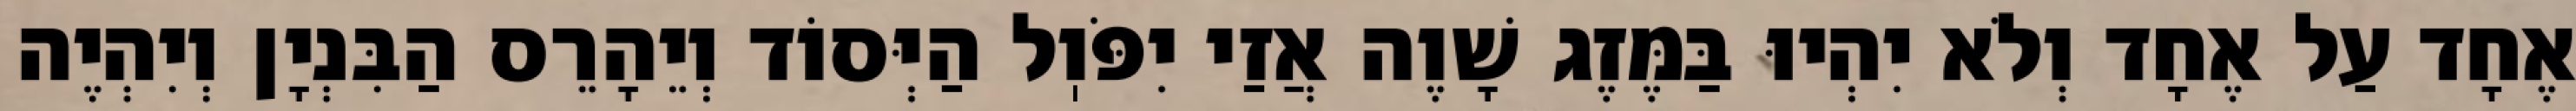
אֶחָד עַל אֶחָד וְלֹא יִהְיוּ בַּמֶּזֶג שָׁוֶה אֲזַי יִפֹּוֽל הַיְּסוֹד וְיֵהָרֵס הַבִּנְיָן וְיִהְיֶה